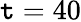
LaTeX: \mathtt{t}=40